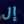
إل